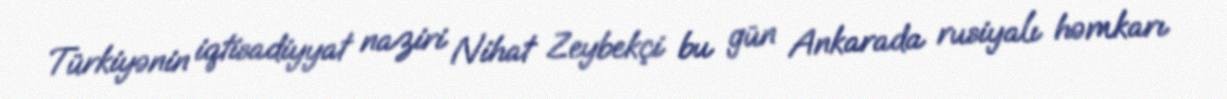
Türkiyənin iqtisadiyyat naziri Nihat Zeybekçi bu gün Ankarada rusiyalı həmkarı